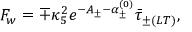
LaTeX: F _ { w } = \mp \kappa _ { 5 } ^ { 2 } e ^ { - A _ { \pm } - \alpha _ { \pm } ^ { ( 0 ) } } \bar { \tau } _ { \pm ( L T ) } ,